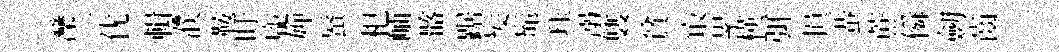
灤二优輯濮鞍盱龐婵蜃𣏌岫髂踞髮髴珏溺䨇貧㝡累楧弭損蛬蔗僢劒齒